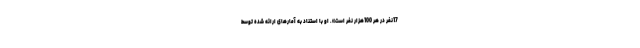
17نفر در هر 100هزار نفر است». او با استناد به آمارهای ارائه شده توسط